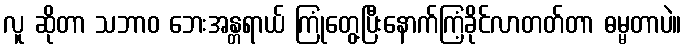
လူ ဆိုတာ သဘာဝ ဘေးအန္တရာယ် ကြုံတွေ့ပြီးနောက်ကြံ့ခိုင်လာတတ်တာ ဓမ္မတာပဲ။